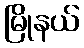
မြိုနယ်